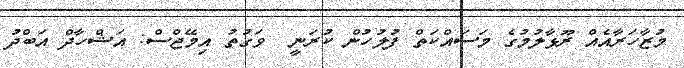
މުޒާހަރާއެއް ރޫޅާލުމުގެ މަސައްކަތް ފުލުހުން ކުރަނީ  ވަގުތު އިމޭޖްސް: އަޝްހާދް އަބްދު